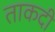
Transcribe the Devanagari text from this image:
ताकदी